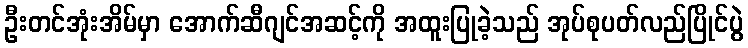
ဦးတင်အုံးအိမ်မှာ အောက်ဆီဂျင်အဆင့်ကို အထူးပြုခဲ့သည် အုပ်စုပတ်လည်ပြိုင်ပွဲ